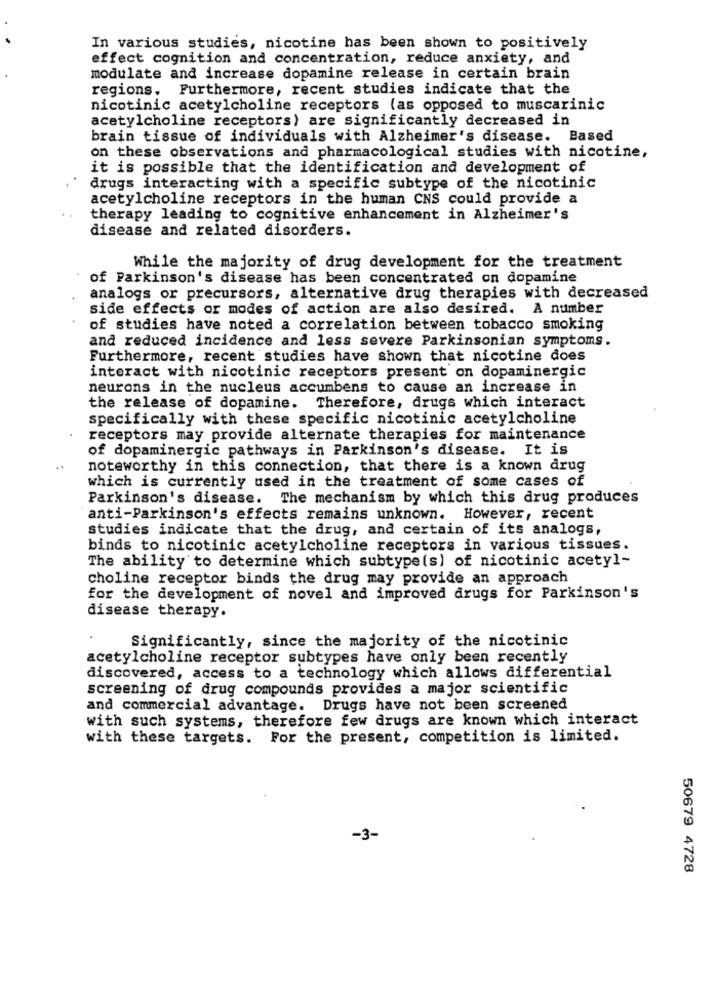
In various studies, nicotine has been shown to positively
effect cognition and concentration, reduce anxiety, and
modulate and increase dopamine release in certain brain
regions. Furthermore, recent studies indicate that the
nicotinic acetylcholine receptors (as opposed to muscarinic
acetylcholine receptors) are significantly decreased in
brain tissue of individuals with Alzheimer's disease. Based
on these observations and pharmacological studies with nicotine,
it is possible that the identification and development of
drugs interacting with a specific subtype of the nicotinic
acetylcholine receptors in the human CNS could provide a
therapy leading to cognitive enhancement in Alzheimer's
disease and related disorders.
While the majority of drug development for the treatment
of Parkinson's disease has been concentrated on dopamine
analogs or precursors, alternative drug therapies with decreased
side effects or modes of action are also desired. A number
of studies have noted a correlation between tobacco smoking
and reduced incidence and less severe Parkinsonian symptoms.
Furthermore, recent studies have shown that nicotine does
interact with nicotinic receptors present on dopaminergic
neurons in the nucleus accumbens to cause an increase in
the release of dopamine. Therefore, drugs which interact
specifically with these specific nicotinic acetylcholine
receptors may provide alternate therapies for maintenance
of dopaminergic pathways in Parkinson's disease. It is
..
noteworthy in this connection, that there is a known drug
which is currently used in the treatment of some cases of
Parkinson's disease. The mechanism by which this drug produces
anti-Parkinson's effects remains unknown. However, recent
studies indicate that the drug, and certain of its analogs,
binds to nicotinic acetylcholine receptors in various tissues.
The ability to determine which subtype(s) of nicotinic acetyl-
choline receptor binds the drug may provide an approach
for the development of novel and improved drugs for Parkinson's
disease therapy.
Significantly, since the majority of the nicotinic
acetylcholine receptor subtypes have only been recently
discovered, access to a technology which allows differential
screening of drug compounds provides a major scientific
and commercial advantage. Drugs have not been screened
with such systems, therefore few drugs are known which interact
with these targets. For the present, competition is limited.
-3-
50679 4728